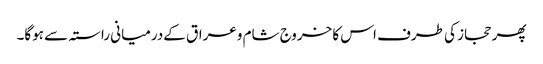
پھر حجاز کی طرف اس کا خروج شام وعراق کےدرمیانی راستہ سے ہوگا۔